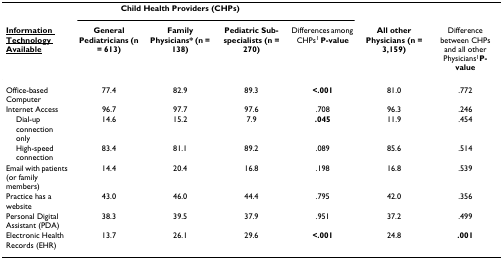
|  | <COLSPAN=3> Child Health Providers (CHPs) |  |  |  |
 | <underline>Information Technology Available</underline> | General Pediatricians (n = 613) | Family Physicians* (n = 138) | Pediatric Sub-specialists (n = 270) | Differences among CHPs1 P-value | All other Physicians (n = 3,159) | Difference between CHPs and all other Physicians1P-value |
 | --- | --- | --- | --- | --- | --- | --- |
 | Office-based Computer | 77.4 | 82.9 | 89.3 | <.001 | 81.0 | .772 |
 | Internet Access | 96.7 | 97.7 | 97.6 | .708 | 96.3 | .246 |
 | Dial-up connection only | 14.6 | 15.2 | 7.9 | .045 | 11.9 | .454 |
 | High-speed connection | 83.4 | 81.1 | 89.2 | .089 | 85.6 | .514 |
 | Email with patients (or family members) | 14.4 | 20.4 | 16.8 | .198 | 16.8 | .539 |
 | Practice has a website | 43.0 | 46.0 | 44.4 | .795 | 42.0 | .356 |
 | Personal Digital Assistant (PDA) | 38.3 | 39.5 | 37.9 | .951 | 37.2 | .499 |
 | Electronic Health Records (EHR) | 13.7 | 26.1 | 29.6 | <.001 | 24.8 | .001 |